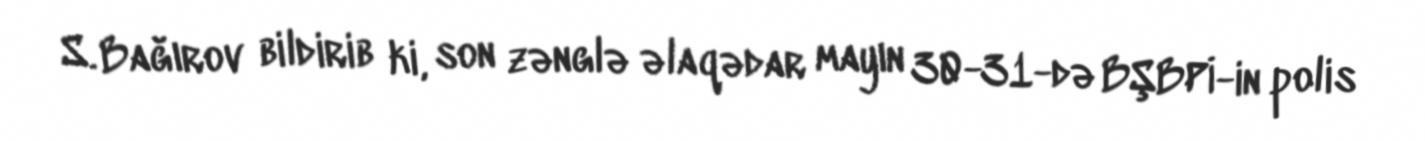
S. Bağırov bildirib ki, son zənglə əlaqədar mayın 30-31-də BŞBPİ-in polis